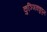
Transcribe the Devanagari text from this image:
कुञ्ञिक्कुट्टन